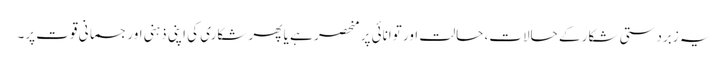
یہ زبردستی شکار کے حالات، حالت اور توانائی پر منحصر ہے یا پھر شکاری کی اپنی ذہنی اور جسمانی قوت پر۔